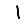
Digit: 1